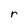
Character: r